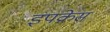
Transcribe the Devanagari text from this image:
इपक्रेस